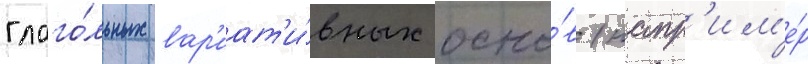
глаго́льных вар'иат'и́вных осно́в (напр'им'е́р